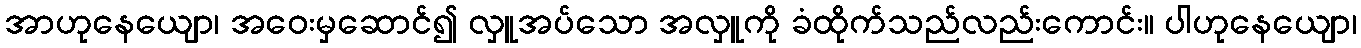
အာဟုနေယျော၊ အဝေးမှဆောင်၍ လှူအပ်သော အလှူကို ခံထိုက်သည်လည်းကောင်း။ ပါဟုနေယျော၊